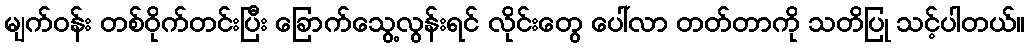
မျက်ဝန်း တစ်ဝိုက်တင်းပြီး ခြောက်သွေ့လွန်းရင် လိုင်းတွေ ပေါ်လာ တတ်တာကို သတိပြု သင့်ပါတယ်။